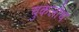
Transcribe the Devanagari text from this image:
चुकलोच